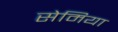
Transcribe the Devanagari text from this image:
सेमिया